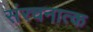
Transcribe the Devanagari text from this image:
संरचनात्क